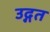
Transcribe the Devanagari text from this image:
उद्गत